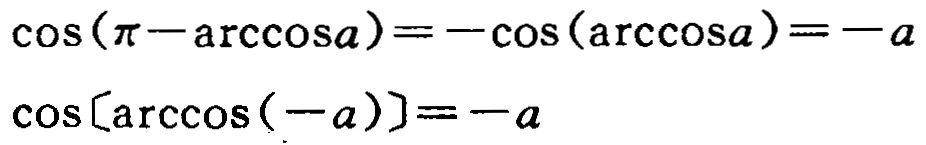
\(\cos(\pi - \arccos a)=-\cos(\arccos a)=-a\)
\(\cos[\arccos(-a)]=-a\)